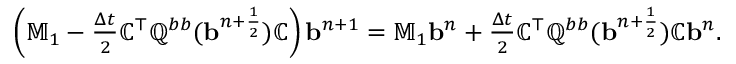
\begin{array} { r } { \left( \mathbb { M } _ { 1 } - \frac { \Delta t } { 2 } \mathbb { C } ^ { \top } \mathbb { Q } ^ { b b } ( { \mathbf b } ^ { n + \frac { 1 } { 2 } } ) \mathbb { C } \right) { \mathbf b } ^ { n + 1 } = \mathbb { M } _ { 1 } { \mathbf b } ^ { n } + \frac { \Delta t } { 2 } \mathbb { C } ^ { \top } \mathbb { Q } ^ { b b } ( { \mathbf b } ^ { n + \frac { 1 } { 2 } } ) \mathbb { C } { \mathbf b } ^ { n } . } \end{array}